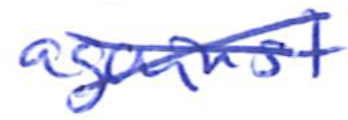
Text: against
Cross-out: cross
Writing tool: ballpoint